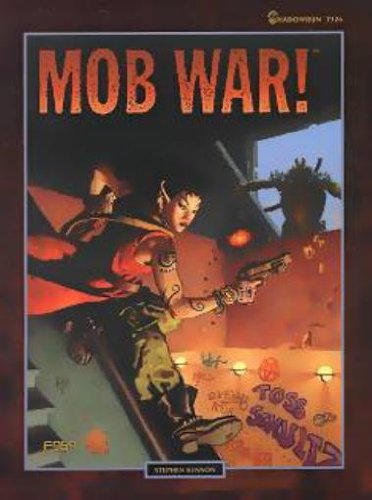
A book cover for Mob War! (Shadowrun, FAS7326); Fasa; Science Fiction & Fantasy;